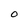
Character: 0